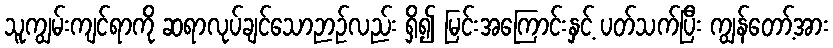
သူကျွမ်းကျင်ရာကို ဆရာလုပ်ချင်သောဉာဉ်လည်း ရှိ၍ မြင်းအကြောင်းနှင့် ပတ်သက်ပြီး ကျွန်တော့်အား